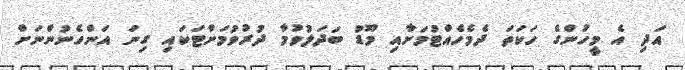
އަދި އެ މީހުންގެ ހަކަތަ ދެމެހެއްޓުމަށާއި މޫޑު ބަދަލުވުމާ ދުރުވުމަށްޓަކައި ގިނަ އަންހެނުންނަށް